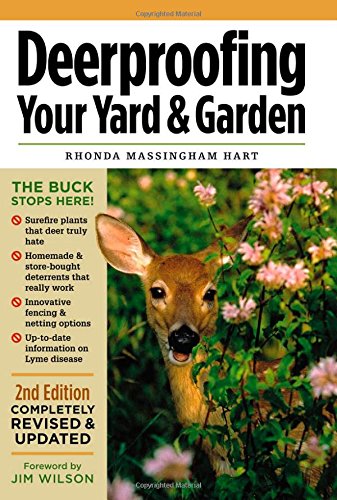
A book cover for Deerproofing Your Yard & Garden; Rhonda Massingham Hart; Science & Math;